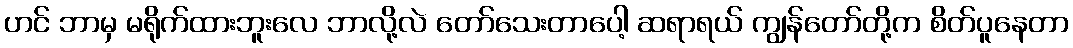
ဟင် ဘာမှ မရိုက်ထားဘူးလေ ဘာလို့လဲ တော်သေးတာပေါ့ ဆရာရယ် ကျွန်တော်တို့က စိတ်ပူနေတာ